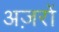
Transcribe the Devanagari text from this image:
अज़रों